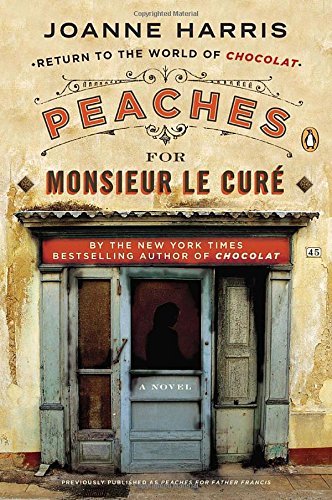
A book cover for Peaches for Monsieur le CurÃ©: A Novel (Chocolat); Joanne Harris; Romance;